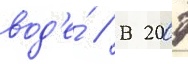
вод'е́ // В 2007